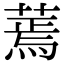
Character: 蔫